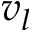
v _ { l }